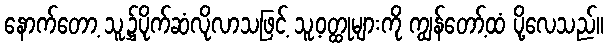
နောက်တော့ သူ့၌ပိုက်ဆံလိုလာသဖြင့် သူ့ဝတ္ထုများကို ကျွန်တော့်ထံ ပို့လေသည်။